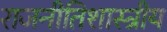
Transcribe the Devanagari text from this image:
राजनीतिशास्त्रीय